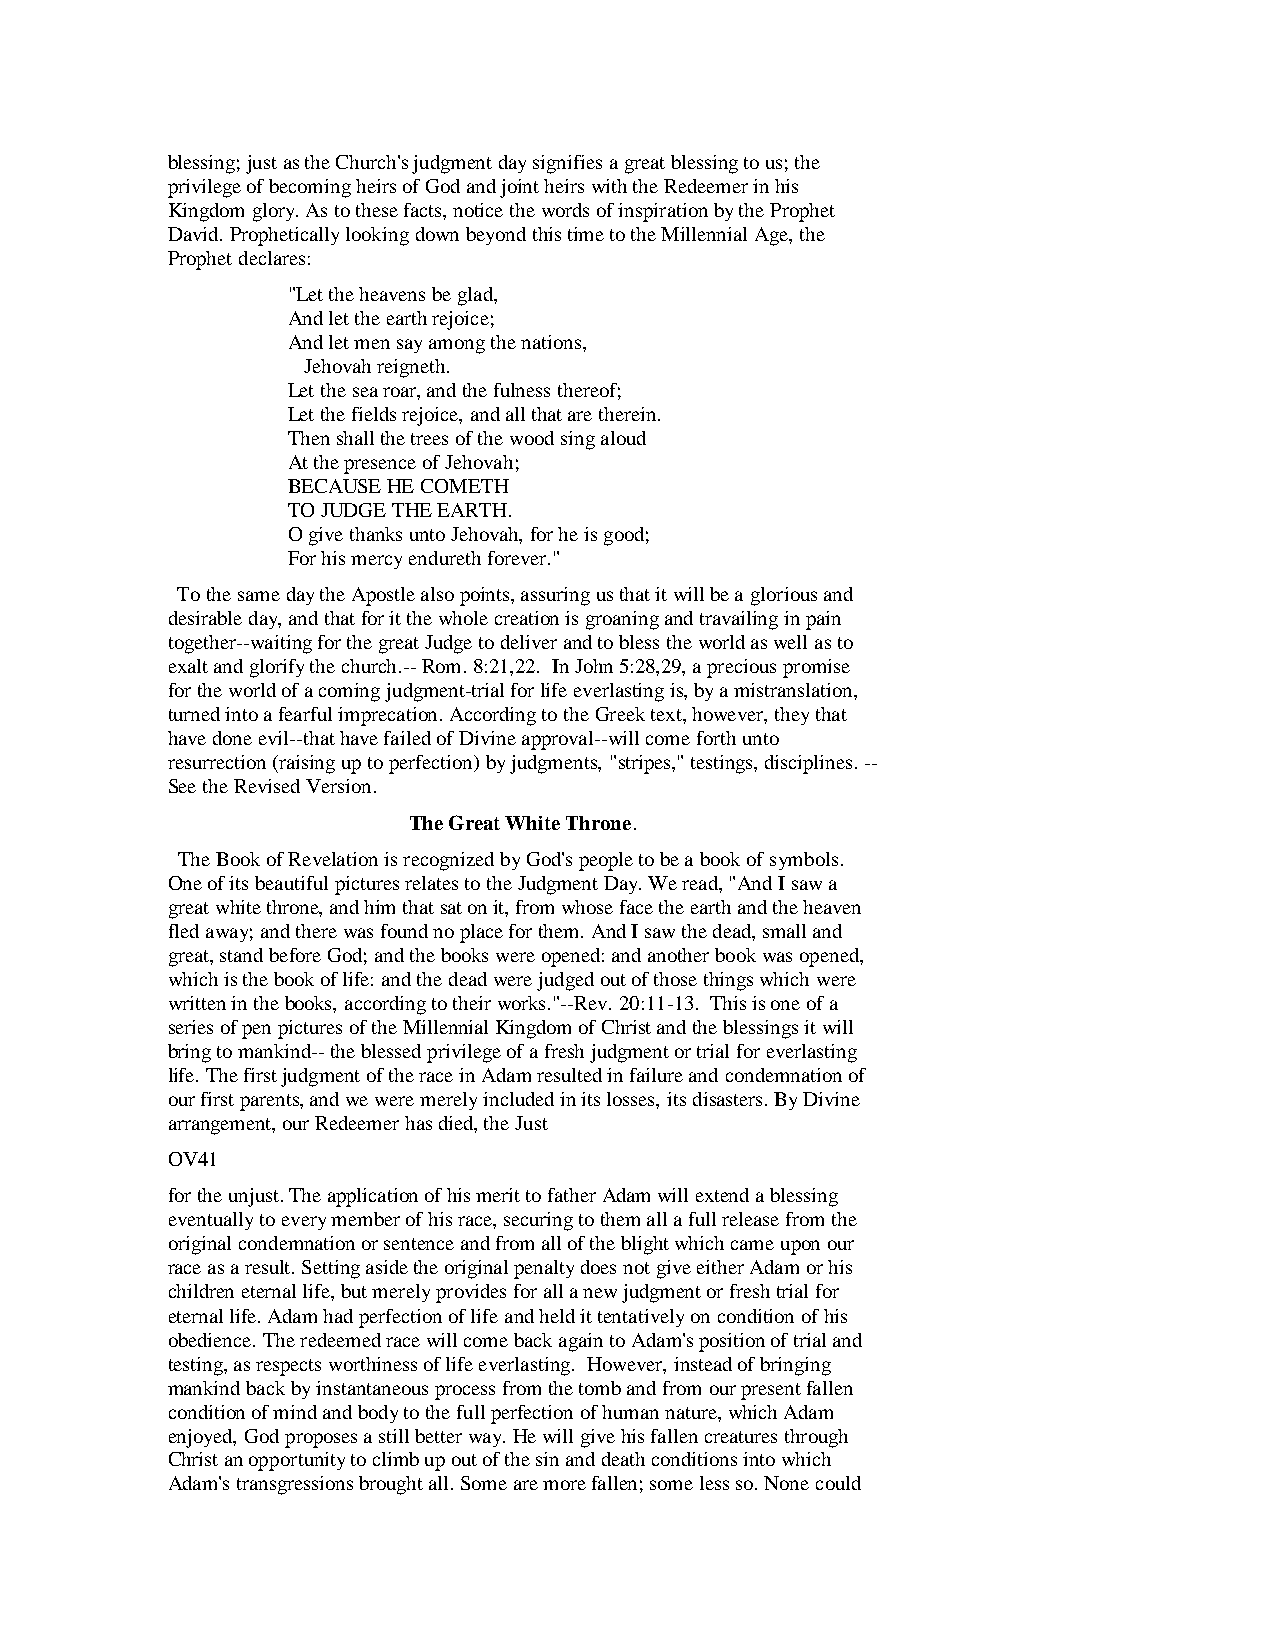
blessing; just as the Church's judgment day signifies a great blessing to us; the
 privilege of becoming heirs of God and joint heirs with the Redeemer in his
 Kingdom glory. As to these facts, notice the words of inspiration by the Prophet
 David. Prophetically looking down beyond this time to the Millennial Age, the
 Prophet declares:
 "Let the heavens be glad,
 And let the earth rejoice;
 And let men say among the nations,
 Jehovah reigneth.
 Let the sea roar, and the fulness thereof;
 Let the fields rejoice, and all that are therein.
 Then shall the trees of the wood sing aloud
 At the presence of Jehovah;
 BECAUSE HE COMETH
 TO JUDGE THE EARTH.
 O give thanks unto Jehovah, for he is good;
 For his mercy endureth forever."
 To the same day the Apostle also points, assuring us that it will be a glorious and
 desirable day, and that for it the whole creation is groaning and travailing in pain
 together--waiting for the great Judge to deliver and to bless the world as well as to
 exalt and glorify the church.-- Rom. 8:21,22. In John 5:28,29, a precious promise
 for the world of a coming judgment-trial for life everlasting is, by a mistranslation,
 turned into a fearful imprecation. According to the Greek text, however, they that
 have done evil--that have failed of Divine approval--will come forth unto
 resurrection (raising up to perfection) by judgments, "stripes," testings, disciplines. --
 See the Revised Version.
 The Great White Throne.
 The Book of Revelation is recognized by God's people to be a book of symbols.
 One of its beautiful pictures relates to the Judgment Day. We read, "And I saw a
 great white throne, and him that sat on it, from whose face the earth and the heaven
 fled away; and there was found no place for them. And I saw the dead, small and
 great, stand before God; and the books were opened: and another book was opened,
 which is the book of life: and the dead were judged out of those things which were
 written in the books, according to their works."--Rev. 20:11-13. This is one of a
 series of pen pictures of the Millennial Kingdom of Christ and the blessings it will
 bring to mankind-- the blessed privilege of a fresh judgment or trial for everlasting
 life. The first judgment of the race in Adam resulted in failure and condemnation of
 our first parents, and we were merely included in its losses, its disasters. By Divine
 arrangement, our Redeemer has died, the Just
 OV41
 for the unjust. The application of his merit to father Adam will extend a blessing
 eventually to every member of his race, securing to them all a full release from the
 original condemnation or sentence and from all of the blight which came upon our
 race as a result. Setting aside the original penalty does not give either Adam or his
 children eternal life, but merely provides for all a new judgment or fresh trial for
 eternal life. Adam had perfection of life and held it tentatively on condition of his
 obedience. The redeemed race will come back again to Adam's position of trial and
 testing, as respects worthiness of life everlasting. However, instead of bringing
 mankind back by instantaneous process from the tomb and from our present fallen
 condition of mind and body to the full perfection of human nature, which Adam
 enjoyed, God proposes a still better way. He will give his fallen creatures through
 Christ an opportunity to climb up out of the sin and death conditions into which
 Adam's transgressions brought all. Some are more fallen; some less so. None could